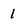
Character: 1